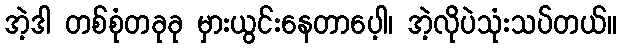
အဲ့ဒါ တစ်စုံတခုခု မှားယွင်းနေတာပေ့ါ၊ အဲ့လိုပဲသုံးသပ်တယ်။